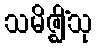
သမိဇ္ဈိံသု